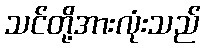
သင်တို့အားလုံးသည်